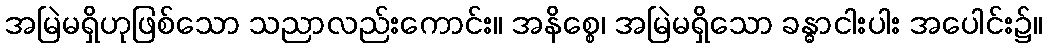
အမြဲမရှိဟုဖြစ်သော သညာလည်းကောင်း။ အနိစ္စေ၊ အမြဲမရှိသော ခန္ဓာငါးပါး အပေါင်း၌။